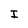
Character: I